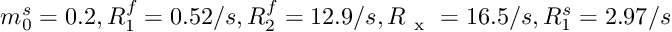
m _ { 0 } ^ { s } = 0 . 2 , R _ { 1 } ^ { f } = 0 . 5 2 / s , R _ { 2 } ^ { f } = 1 2 . 9 / s , R _ { \mathrm { ~ x ~ } } = 1 6 . 5 / s , R _ { 1 } ^ { s } = 2 . 9 7 / s